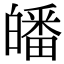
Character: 皤